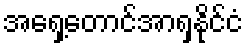
အရှေ့တောင်အာရှနိုင်ငံ